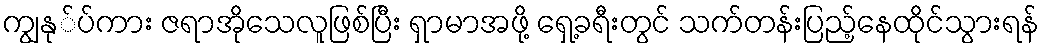
ကျွနု်ပ်ကား ဇရာအိုသေလူဖြစ်ပြီး ရှာမာအဖို့ ရှေ့ခရီးတွင် သက်တန်းပြည့်နေထိုင်သွားရန်